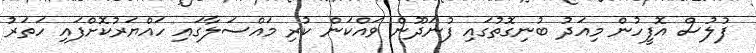
ފުލުސް އޮފީހުން މިއަދު ބުނިގޮތުގައި ފުނަދޫން ވައްކަން ކުރި މައްސަލާގައި ހައްޔަރުކޮށްފައި ހަތަރު